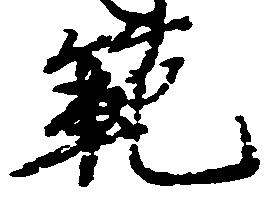
範